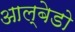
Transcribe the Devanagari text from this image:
आल्बेडो